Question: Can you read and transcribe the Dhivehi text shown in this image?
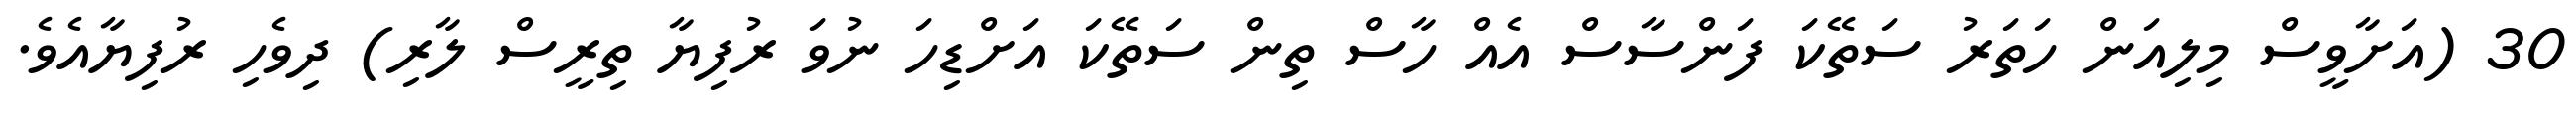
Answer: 30 (އަށާވީސް މިލިއަން ހަތަރު ސަތޭކަ ފަންސާސް އެއް ހާސް ތިން ސަތޭކަ އަށްޑިހަ ނުވަ ރުފިޔާ ތިރީސް ލާރި) ދިވެހި ރުފިޔާއެވެ.